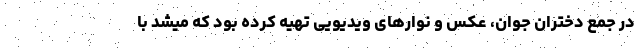
در جمع دختران جوان، عکس و نوارهای ویدیویی تهیه کرده بود که میشد با